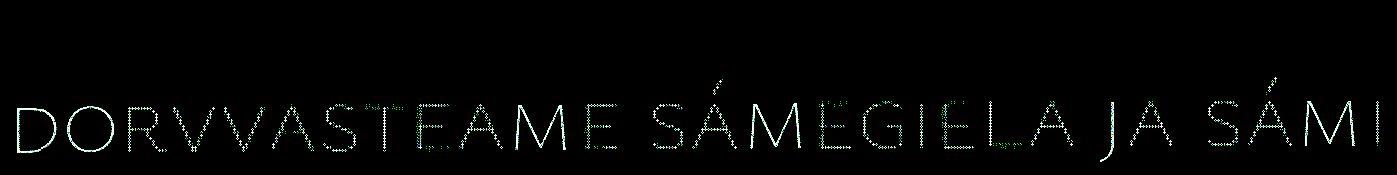
dorvvasteame sámegiela ja sámi